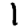
Digit: 1